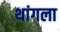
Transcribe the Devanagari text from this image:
थांगला